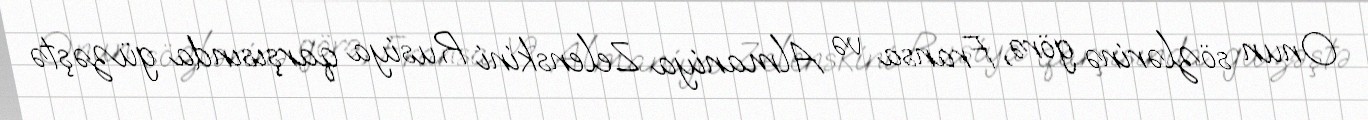
Onun sözlərinə görə, Fransa və Almaniya Zelenskini Rusiya qarşısında güzəştə